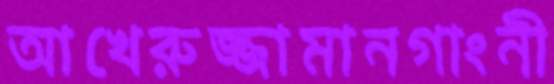
আখেরুজ্জামানগাংনী